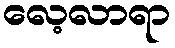
လေ့လာရာ